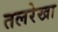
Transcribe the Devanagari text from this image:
तलरेखा